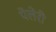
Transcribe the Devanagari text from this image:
पेलेरी